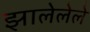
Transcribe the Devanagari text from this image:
झालेलेले